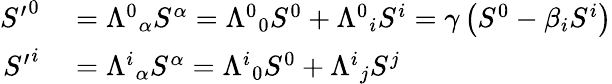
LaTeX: \begin{array}{rl}{{S^{\prime}}^{0}}&{{}={\Lambda^{0}}_{\alpha}S^{\alpha}={\Lambda^{0}}_{0}S^{0}+{\Lambda^{0}}_{i}S^{i}=\gamma\left(S^{0}-\beta_{i}S^{i}\right)}\\ {{S^{\prime}}^{i}}&{{}={\Lambda^{i}}_{\alpha}S^{\alpha}={\Lambda^{i}}_{0}S^{0}+{\Lambda^{i}}_{j}S^{j}}\end{array}